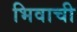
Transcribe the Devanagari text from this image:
भिवाची